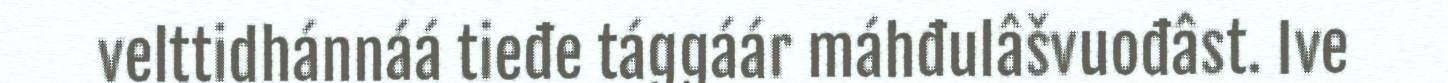
velttidhánnáá tieđe tággáár máhđulâšvuođâst. Ive